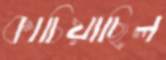
কাচিয়াছিল